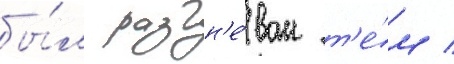
бы́л разгн'е́ван т'е́м /